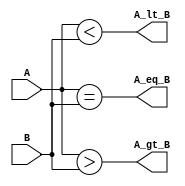
`timescale 1ns / 1ps
//////////////////////////////////////////////////////////////////////////////////
// Company: 
// Engineer: 
// 
// Design Name: 
// Module Name: comparator
// Project Name: 
// Target Devices: 
// Tool Versions: 
// Description: 
// 
// Dependencies: 
// 
// Revision:
// Revision 0.01 - File Created
// Additional Comments:
// 
//////////////////////////////////////////////////////////////////////////////////


module comparator(A_lt_B, A_gt_B, A_eq_B, A, B);
    output A_lt_B;
    output A_gt_B;
    output A_eq_B;
    input [7:0] A;
    input [7:0] B;
    
    reg A_lt_B;
    reg A_gt_B;
    reg A_eq_B;
    
    always @ (A or B)
        begin
            A_lt_B = (A < B);
            A_gt_B = (A > B);
            A_eq_B = (A == B);
        end
endmodule